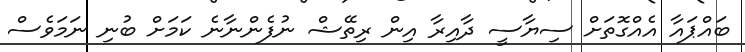
ބައްޕައާ އެއްގޮތަށް ސިޔާސީ ދާއިރާ އިން ރިތޭޝް ނުފެންނާނެ ކަމަށް ބުނި ނަމަވެސް